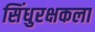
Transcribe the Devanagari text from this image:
सिंधुरक्षकला